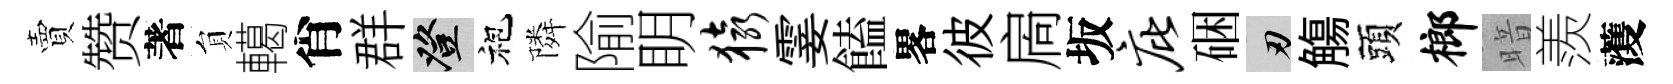
賣赞著貟轕肖群登袍隣隃眀猿霎饁畧彼扄坂庇硱刃觴頭榔暗羨𮑮